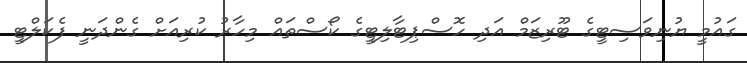
ގައުމީ ޔުނިވަސިޓީގެ ޓޫރިޒަމް އަދި ހޮސްޕިޓާލިޓީގެ ކޯސްތައް މިހާރު ކުރިއަށް ގެންދަނީ ފެކަލްޓީ